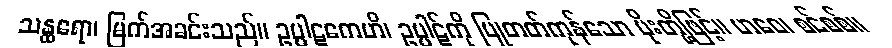
သန္ထရော၊ မြက်အခင်းသည်။ ဥပ္ပါဋကေဟိ၊ ဥပ္ပါဋ်ကို ပြုတတ်ကုန်သော ပိုးတို့ဖြင့်။ ဟဝေ၊ စင်စစ်။